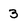
Character: 3